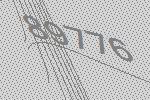
89776